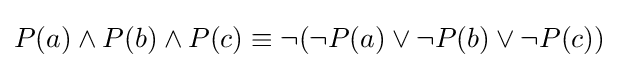
P(a)\land P(b)\land P(c)\equiv \neg (\neg P(a)\lor \neg P(b)\lor \neg P(c))